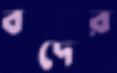
বদের